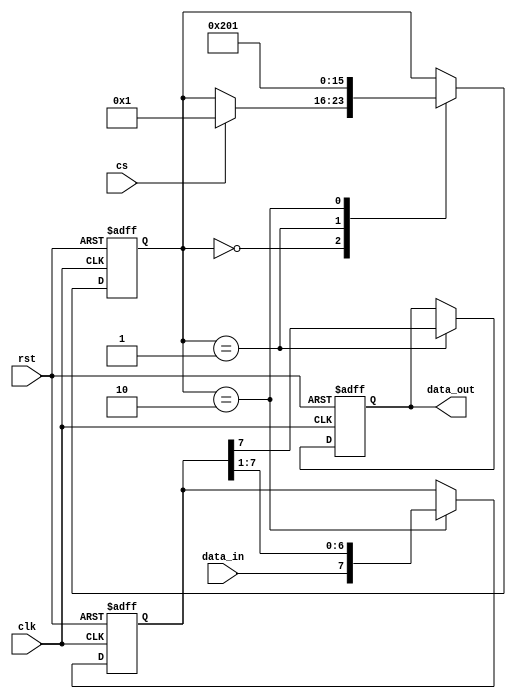
module spi_master (
    input wire clk,
    input wire rst,
    input wire cs,
    input wire data_in,
    output reg data_out
);

parameter CPOL = 0; // Clock polarity
parameter CPHA = 0; // Clock phase
parameter DATA_RATE = 1; // Data transfer rate

reg [7:0] state;
reg [7:0] data;

always @(posedge clk or posedge rst) begin
    if(rst) begin
        state <= 0;
        data <= 0;
        data_out <= 0;
    end else begin
        case(state)
            0: begin // Idle state
                if(cs == 1) begin
                    state <= 1;
                end
            end
            1: begin // Transmit state
                data_out <= data[7];
                state <= 2;
            end
            2: begin // Receive state
                data <= {data_in, data[7:1]};
                state <= 1;
            end
        endcase
    end
end 

endmodule